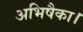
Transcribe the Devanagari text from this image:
अभिषैका।